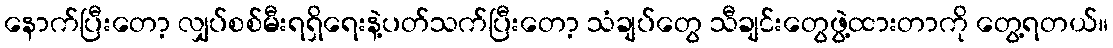
နောက်ပြီးတော့ လျှပ်စစ်မီးရရှိရေးနဲ့ပတ်သက်ပြီးတော့ သံချပ်တွေ သီချင်းတွေဖွဲ့ထားတာကို တွေ့ရတယ်။